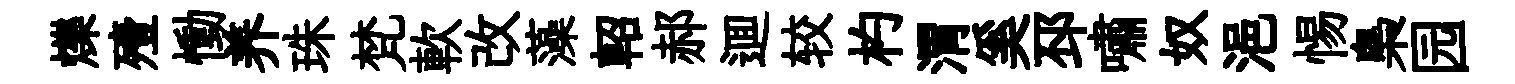
爍殪慟养珠梵軟改藻軺郝逥较杓渭奚邳嘯奴浥惕梟园